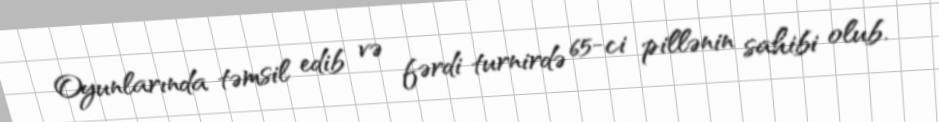
Oyunlarında təmsil edib və fərdi turnirdə 65-ci pillənin sahibi olub.